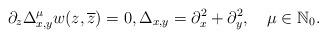
LaTeX: \begin{align*}\partial_z\Delta_{x,y}^{\mu}w(z,\overline z)=0,\Delta_{x,y}=\partial_{x}^2+\partial_{y}^2,\quad\mu\in\mathbb N_0.\end{align*}